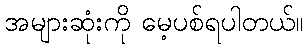
အများဆုံးကို မေ့ပစ်ရပါတယ်။